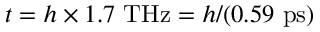
t = h \times 1 . 7 ~ \mathrm { T H z } = h / ( 0 . 5 9 ~ \mathrm { p s } )